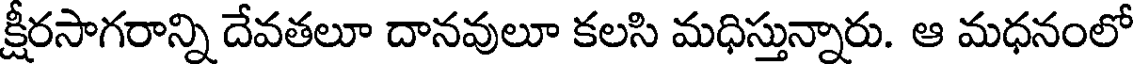
క్షీరసాగరాన్ని దేవతలూ దానవులూ కలసి మధిస్తున్నారు. ఆ మధనంలో